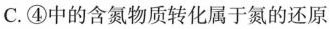
C.④中的含氮物质转化属于氮的还原